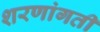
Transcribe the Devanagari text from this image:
शरणांगती